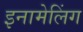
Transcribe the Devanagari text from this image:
इनामेलिंग